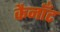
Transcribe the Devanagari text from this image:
कैनाँट